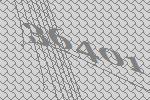
36401